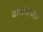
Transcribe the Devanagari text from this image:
यांचीदेखील